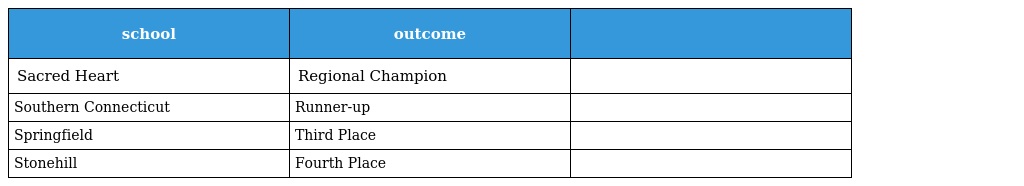
| school | outcome |  |
 | --- | --- | --- |
 | Sacred Heart | Regional Champion |  |
 | Southern Connecticut | Runner-up |  |
 | Springfield | Third Place |  |
 | Stonehill | Fourth Place |  |